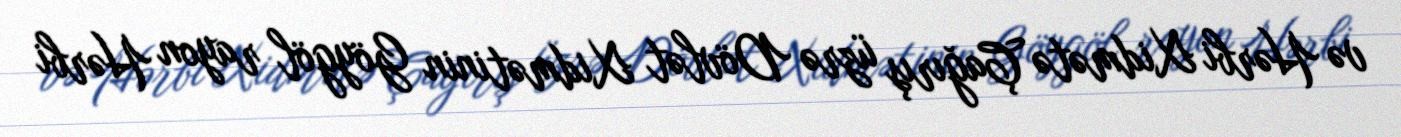
və Hərbi Xidmətə Çağırış üzrə Dövlət Xidmətinin Göygöl rayon Hərbi